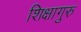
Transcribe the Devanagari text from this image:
शिक्षागुरु